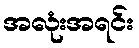
အလုံးအရင်း